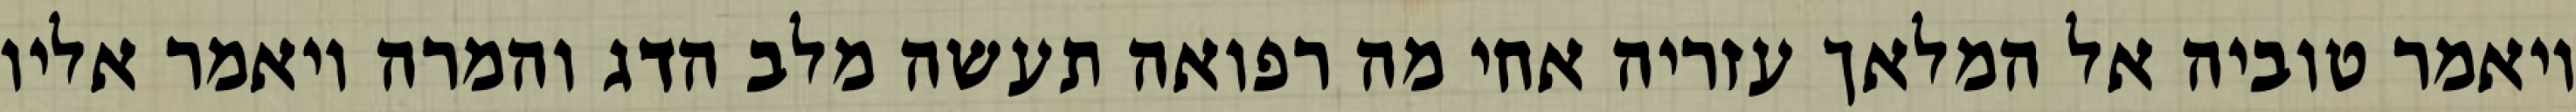
ויאמר טוביה אל המלאך עזריה אחי מה רפואה תעשה מלב הדג והמרה ויאמר אליו